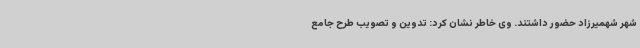
شهر شهمیرزاد حضور داشتند. وی خاطر نشان کرد: تدوین و تصویب طرح جامع